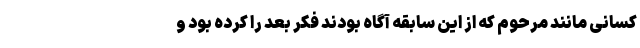
کسانی مانند مرحوم که از این سابقه آگاه بودند فکر بعد را کرده بود و